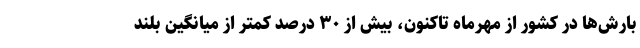
بارش‌ها در کشور از مهرماه تاکنون، بیش از ۳۰ درصد کمتر از میانگین بلند